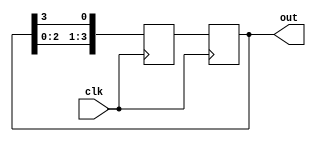
module ring_counter(
    input wire clk,
    output reg [3:0] out
);

reg [3:0] next_state;

always @(posedge clk)
begin
    next_state <= {out[2:0], out[3]};
    out <= next_state;
end

endmodule